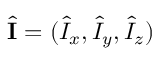
\hat { \mathbf { I } } = ( \hat { I } _ { x } , \hat { I } _ { y } , \hat { I } _ { z } )